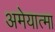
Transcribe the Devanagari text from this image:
अमेयात्मा